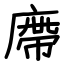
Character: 廗